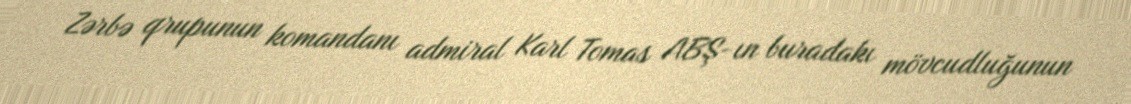
Zərbə qrupunun komandanı admiral Karl Tomas ABŞ-ın buradakı mövcudluğunun